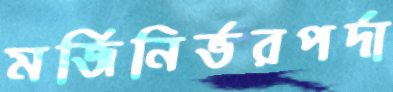
মর্জিনির্ভরপর্দা